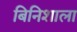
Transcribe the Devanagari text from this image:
बिनिशाला